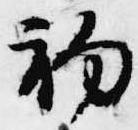
初